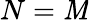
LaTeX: N=\mathit{M}